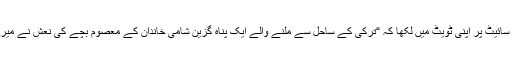
انہوں نے مائیکرو بلاگنگ ویب سائیٹ پر اپنی ٹویٹ میں لکھا کہ “ترکی کے ساحل سے ملنے والے ایک پناہ گزین شامی خاندان کے معصوم بچے کی نعش نے میرے رونگٹے کھڑے کردیے ہیں۔